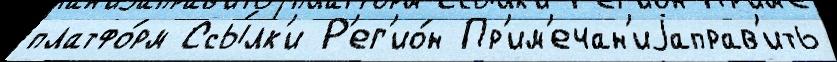
платфо́рм Ссы́лк'и Р'ег'ио́н Пр'им'ечан'иjаправ'ить